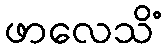
ဖာလေသိံ